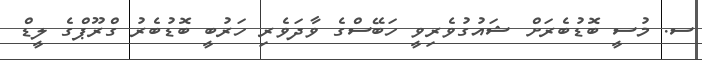
ސ. މުސީ ބޮޑުބެރަށް ޝައުގުވެރިވީ ހަބޭސްގެ ވާދަވެރި ހަރުބީ ބޮޑުބެރު ގްރޫޕްގެ ލީޑް